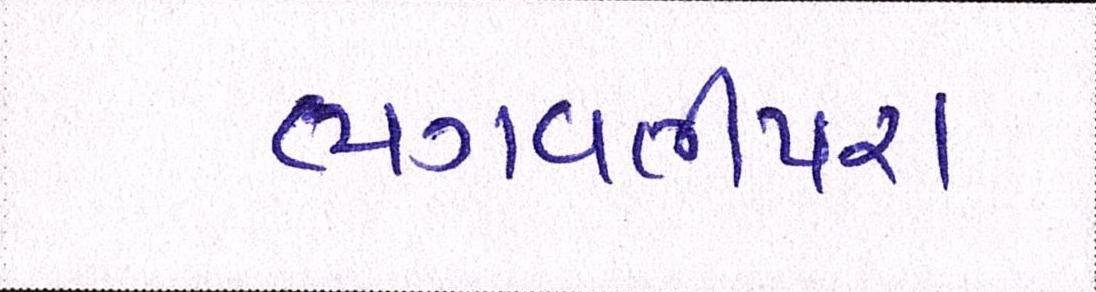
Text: ભગવતીપરા